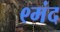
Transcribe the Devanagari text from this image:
९मंद